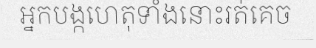
អ្នកបង្កហេតុទាំងនោះរត់គេច